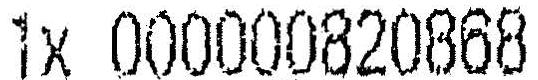
1X 000000820868